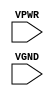
module sky130_fd_sc_hs__tapmet1 (
    VPWR,
    VGND
);

    input VPWR;
    input VGND;
endmodule